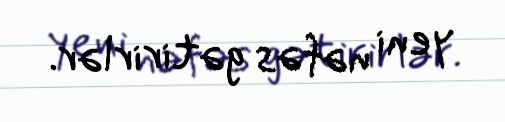
yeni nəfəs gətirirlər.